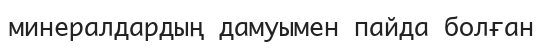
минералдардың дамуымен пайда болған